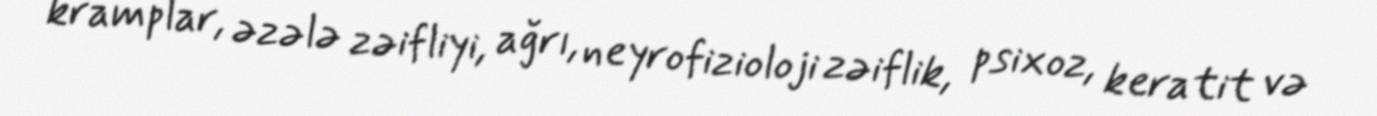
kramplar, əzələ zəifliyi, ağrı, neyrofizioloji zəiflik, psixoz, keratit və